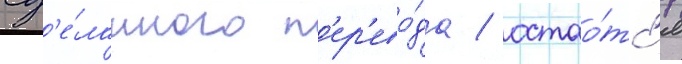
сд'е́ланного п'ер'ево́да / остао́тс'я